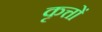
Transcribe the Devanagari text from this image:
कृत्तों